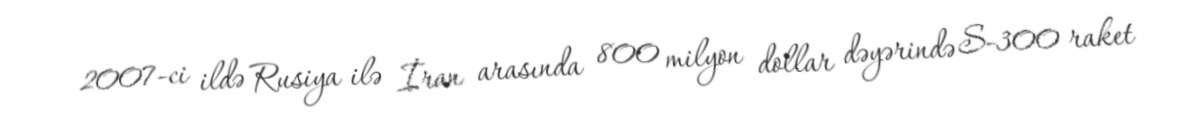
2007-ci ildə Rusiya ilə İran arasında 800 milyon dollar dəyərində S-300 raket